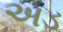
અડ